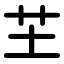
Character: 芏